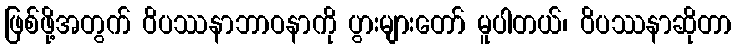
ဖြစ်ဖို့အတွက် ဝိပဿနာဘာဝနာကို ပွားများတော် မူပါတယ်၊ ဝိပဿနာဆိုတာ